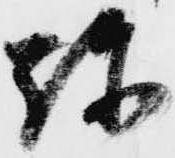
弥